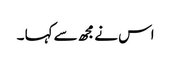
اس نے مجھ سے کہا ۔